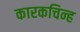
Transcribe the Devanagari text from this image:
कारकचिन्ह